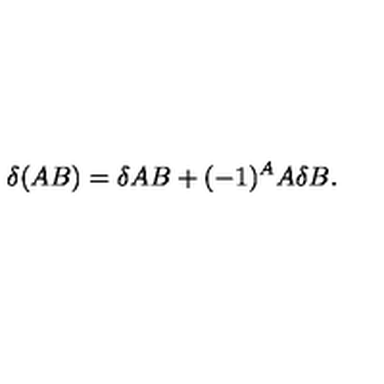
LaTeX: \delta ( A B ) = \delta A B + ( - 1 ) ^ { A } A \delta B .